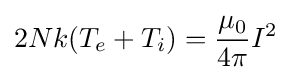
2Nk(T_{e}+T_{i})={\frac {\mu _{0}}{4\pi }}I^{2}